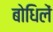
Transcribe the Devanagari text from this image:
बोधिलें